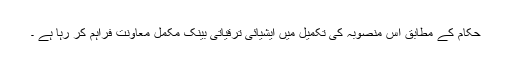
حکام کے مطابق اس منصوبہ کی تکمیل میں ایشیائی ترقیاتی بینک مکمل معاونت فراہم کر رہا ہے ۔